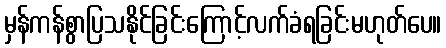
မှန်ကန်စွာပြသနိုင်ခြင်းကြောင့်လက်ခံရခြင်းမဟုတ်ပေ။